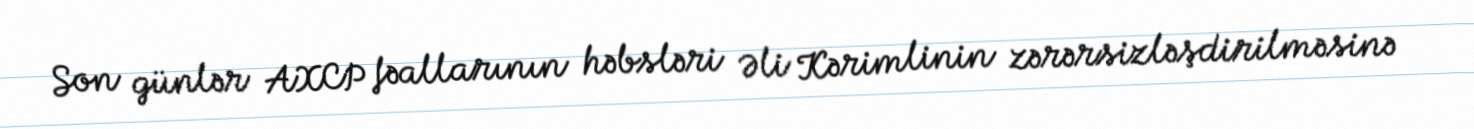
Son günlər AXCP fəallarının həbsləri Əli Kərimlinin zərərsizləşdirilməsinə